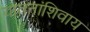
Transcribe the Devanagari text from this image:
यातनांशिवाय